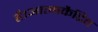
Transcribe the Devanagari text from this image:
है।आत्मकैद्रित